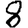
Digit: 8